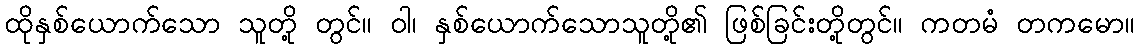
ထိုနှစ်ယောက်သော သူတို့ တွင်။ ဝါ၊ နှစ်ယောက်သောသူတို့၏ ဖြစ်ခြင်းတို့တွင်။ ကတမံ တကမော။